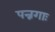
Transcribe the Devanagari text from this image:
पन्नगाः